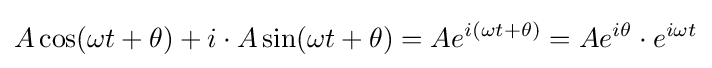
A\cos(\omega t+\theta )+i\cdot A\sin(\omega t+\theta )=Ae^{i(\omega t+\theta )}=Ae^{i\theta }\cdot e^{i\omega t}